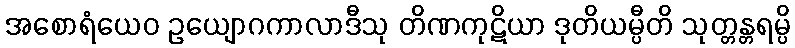
အစောရံယေဝ ဥယျောဂကာလာဒီသု တိဏကုဋိယာ ဒုတိယမ္ပီတိ သုတ္တန္တရမ္ပိ